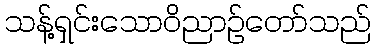
သန့်ရှင်းသောဝိညာဉ်တော်သည်